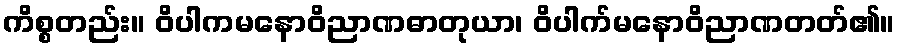
ကိစ္စတည်း။ ဝိပါကမနောဝိညာဏဓာတုယာ၊ ဝိပါက်မနောဝိညာဏတတ်၏။